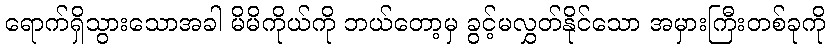
ရောက်ရှိသွားသောအခါ မိမိကိုယ်ကို ဘယ်တော့မှ ခွင့်မလွှတ်နိုင်သော အမှားကြီးတစ်ခုကို